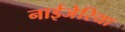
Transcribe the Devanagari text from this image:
नाईजेरिया